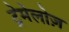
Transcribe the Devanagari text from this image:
ट्रेमेलोज़